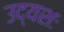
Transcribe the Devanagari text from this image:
उद्यशः